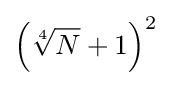
\left({\sqrt[{4}]{N}}+1\right)^{2}